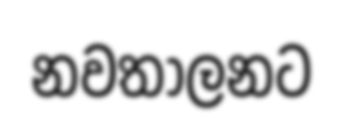
නවතාලනට